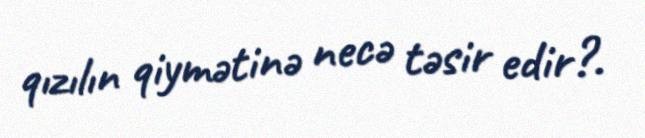
qızılın qiymətinə necə təsir edir?.